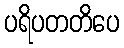
ပရိပတတိပေ